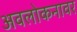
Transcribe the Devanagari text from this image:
अवलोकनावर